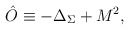
\begin{align*}\hat O\equiv -\Delta_{\Sigma}+M^2,\end{align*}